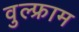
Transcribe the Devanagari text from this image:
वुल्फ्राम